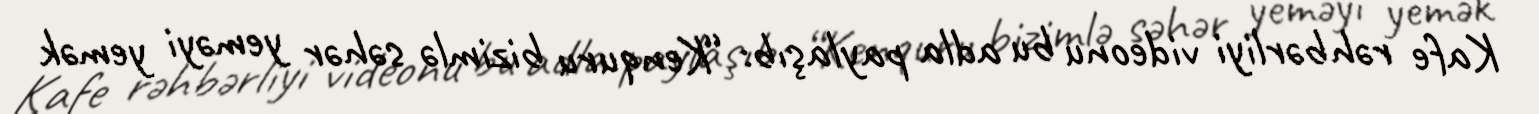
Kafe rəhbərliyi videonu bu adla paylaşıb: “Kenquru bizimlə səhər yeməyi yemək